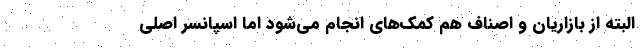
البته از بازاریان و اصناف هم کمک‌های انجام می‌شود اما اسپانسر اصلی